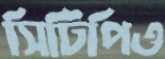
সিটিপিও